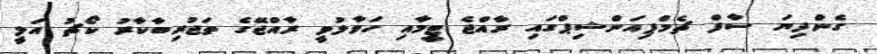
ގެންދިޔަ ސާފް ޗެމްޕިއަންޝިޕްގައި ރާއްޖެ ޓީމާއި ހަވާލުވީ ރާއްޖޭގެ ތަޖުރިބާކާރު ކޯޗު އަލީ